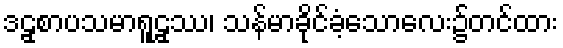
ဒဠှစာပသမာရူဠှဿ၊ သန်မာခိုင်ခံ့သောလေး၌တင်ထား